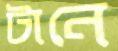
টানে